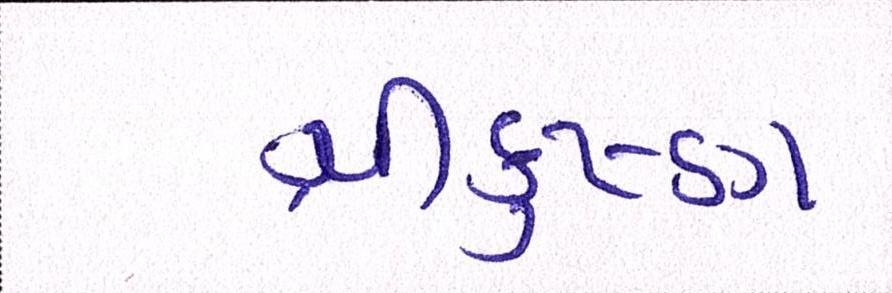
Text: શ્રીકૃષ્ણ